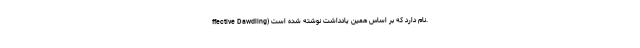
ffective Dawdling) نام دارد که بر اساس همین یادداشت نوشته شده است.